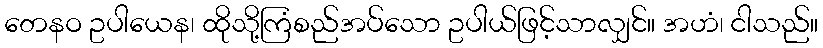
တေနဝ ဥပါယေန၊ ထိုသို့ကြံစည်အပ်သော ဥပါယ်ဖြင့်သာလျှင်။ အဟံ၊ ငါသည်။